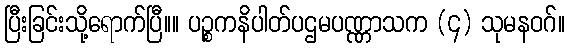
ပြီးခြင်းသို့ရောက်ပြီ။။ ပဉ္စကနိပါတ်ပဌမပဏ္ဏာသက (၄) သုမနဝဂ်။